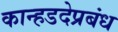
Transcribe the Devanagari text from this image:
कान्हडदेप्रबंध